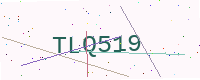
Text: TLQ519